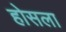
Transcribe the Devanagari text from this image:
होसला